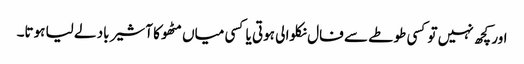
اور کچھ نہیں تو کسی طوطے سے فال نکلوا لی ہوتی یا کسی میاں مٹھو کا آشیر باد لے لیا ہوتا۔